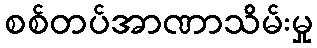
စစ်တပ်အာဏာသိမ်းမှု